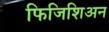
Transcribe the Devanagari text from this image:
फिजिशिअन